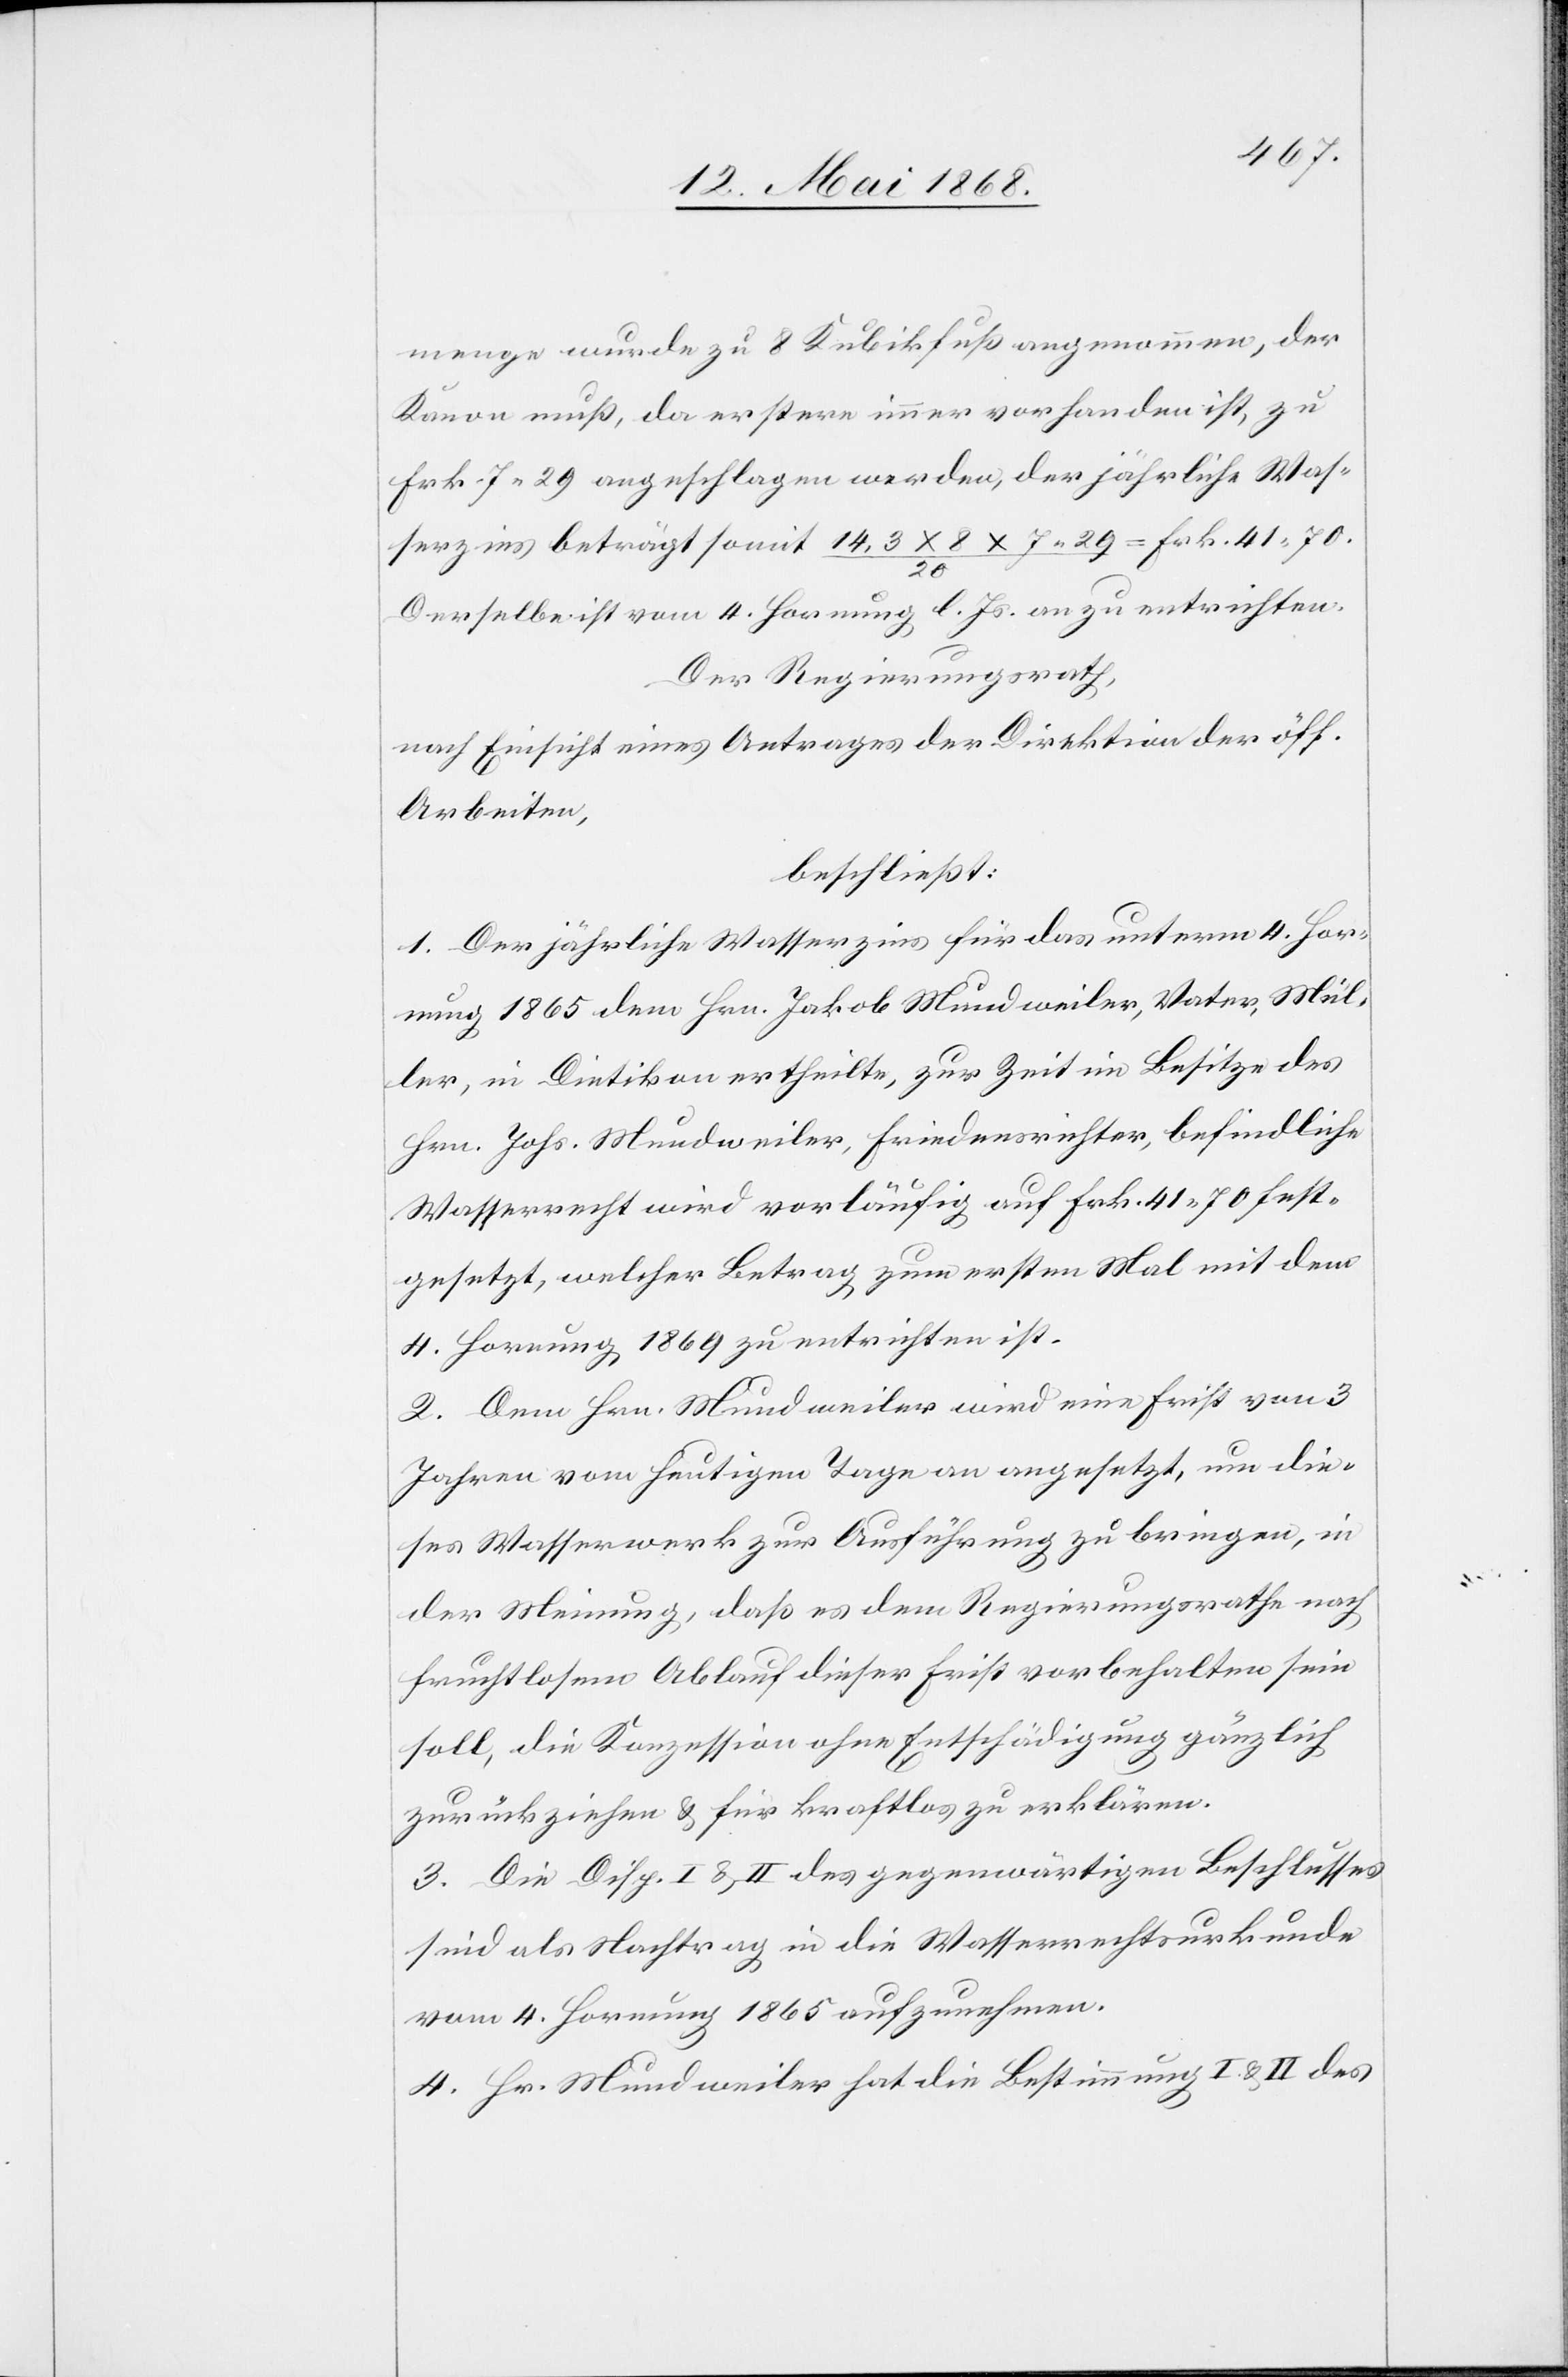
menge wurde zu 8 Kubikfuß angenommen, der
Kanon muß, da erstere immer vorhanden ist, zu
Frk. 7. 29 angeschlagen werden, der jährliche Was¬
serzins beträgt somit 14,3 x 8 x 7.29 / 20 = Frk. 41. 70.
Derselbe ist vom 4. Hornung l. Js. an zu entrichten.
Der Regierungsrath,
nach Einsicht eines Antrages der Direktion der öff.
Arbeiten,
beschließt:
1. Der jährliche Wasserzins für das unterm 4. Hor¬
nung 1865 dem Hrn. Jakob Mundweiler, Vater, Mül¬
ler, in Dietikon ertheilte, zur Zeit im Besitze des
Hrn. Johs. Mundweiler, Friedensrichter, befindliche
Wasserrecht wird vorläufig auf Frk. 41. 70 fest¬
gesetzt, welcher Betrag zum ersten Mal mit dem
4. Hornung 1869 zu entrichten ist.
2. Dem Hrn. Mundweiler wird eine Frist von 3
Jahren vom heutigen Tage an angesetzt, um die¬
ses Wasserwerk zur Ausführung zu bringen, in
der Meinung, daß es dem Regierungsrathe nach
fruchtlosem Ablauf dieser Frist vorbehalten sein
soll, die Konzession ohne Entschädigung gänzlich
zurück[zu]ziehen & für kraftlos zu erklären.
3. Die Disp. I & II des gegenwärtigen Beschlusses
sind als Nachtrag in die Wasserrechtsurkunde
vom 4. Hornung 1865 aufzunehmen.
4. Hr. Mundweiler hat die Bestimmung[en] I & II des